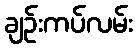
ချဉ်းကပ်လမ်း